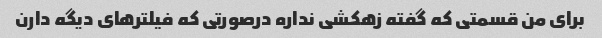
برای من قسمتی که گفته زهکشی نداره درصورتی که فیلترهای دیگه دارن